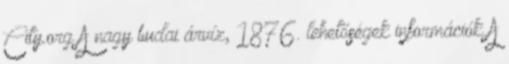
City.org A nagy budai árvíz, 1876. lehetőségek információk A